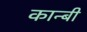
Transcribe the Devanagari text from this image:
कान्बी